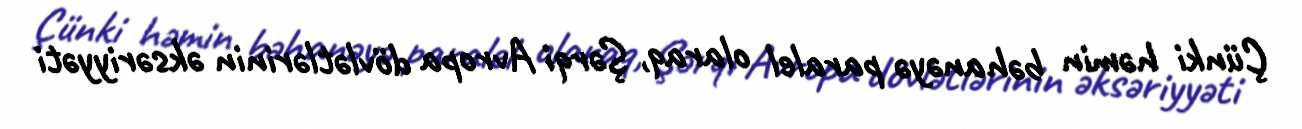
Çünki həmin bəhanəyə paralel olaraq, Şərqi Avropa dövlətlərinin əksəriyyəti